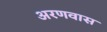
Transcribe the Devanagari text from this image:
अरणवास